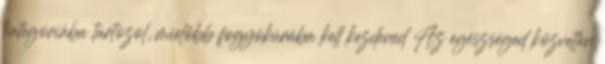
kategóriába tartozol, mielőbb fogyókúrába kell kezdened Az egészséged közvetlen